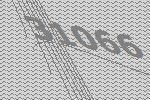
31066